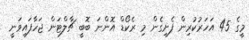
މީގެ 45 އަހަރުކުރިން ފެށިގެން މި ރެކޯޑް އޮންނަ ބޮބީ ޗާލްޓަން ޖަހާފައިވަނީ